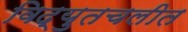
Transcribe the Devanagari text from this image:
विद्युतचलीत